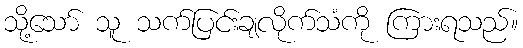
သို့သော် သူ သက်ပြင်းချလိုက်သံကို ကြားရသည်။